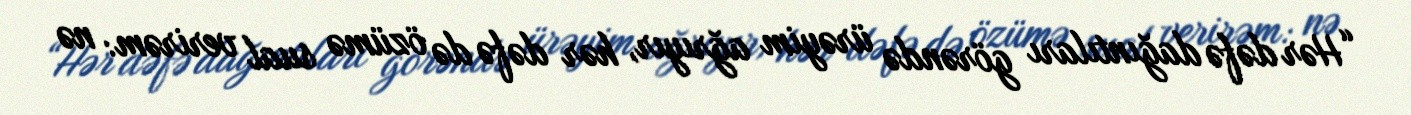
“Hər dəfə dağıntıları görəndə ürəyim ağrıyır, hər dəfə də özümə sual verirəm: nə